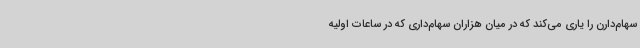
سهام‌دارن را یاری می‌کند که در میان هزاران سهام‌داری که در ساعات اولیه